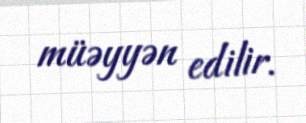
müəyyən edilir.